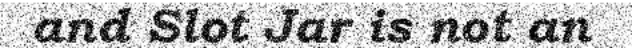
and Slot Jar is not an